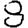
Digit: 8